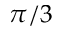
\pi / 3